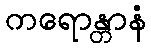
ကရောန္တာနံ